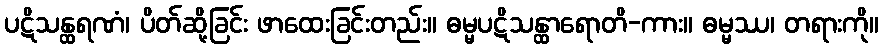
ပဋိသန္ထရဏံ၊ ပိတ်ဆို့ခြင်း ဖာထေးခြင်းတည်း။ ဓမ္မပဋိသန္ထာရောတိ-ကား။ ဓမ္မဿ၊ တရားကို။